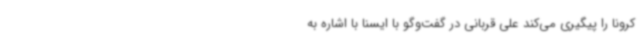
کرونا را پیگیری می‌کند علی قربانی در گفت‌وگو با ایسنا با اشاره به